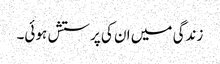
زندگی میں ان کی پرستش ہوئی۔